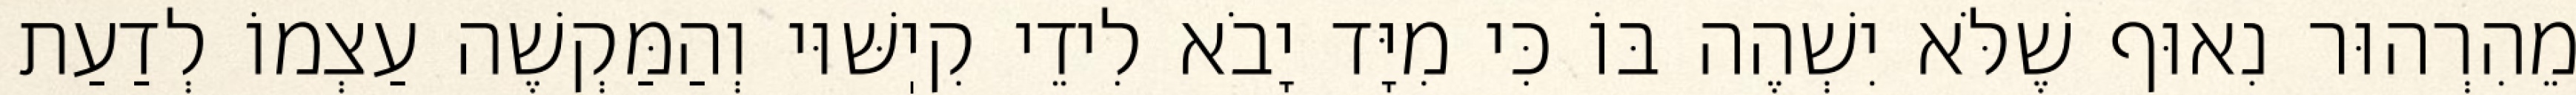
מֵהִרְהוּר נִאוּף שֶׁלֹּא יִשְׁהֶה בּוֹ כִּי מִיָּד יָבֹא לִידֵי קִיֽשּׁוּי וְהַמַּקְשֶׁה עַצְמוֹ לְדַעַת